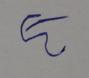
Signature authenticity: forged